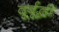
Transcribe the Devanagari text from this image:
दूर्बूद्धी